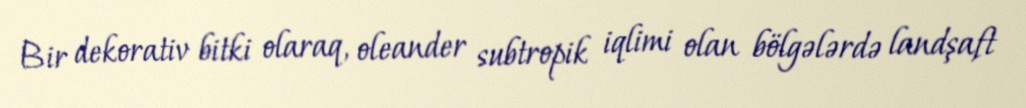
Bir dekorativ bitki olaraq, oleander subtropik iqlimi olan bölgələrdə landşaft